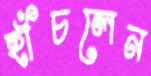
হাঁচলেন